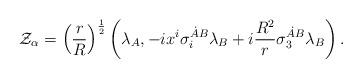
LaTeX: \begin{align*}{\cal Z}_{\alpha}=\left({r\over R}\right)^{1\over 2}\left(\lambda_A, -ix^i\sigma_i^{\dot A B}\lambda_B+i{R^2\over r}\sigma_3^{\dot A B}\lambda_B\right).\end{align*}